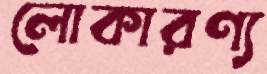
লোকারণ্য